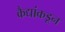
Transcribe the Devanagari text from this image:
कैद्यांकडून